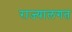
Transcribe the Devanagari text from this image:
राज्यालगत